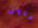
مدون